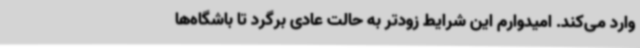
وارد می‌کند. امیدوارم این شرایط زودتر به حالت عادی برگرد تا باشگاه‌ها